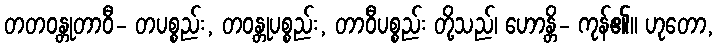
တတဝန္တုတာဝီ- တပစ္စည်း, တဝန္တုပစ္စည်း, တာဝီပစ္စည်း တို့သည်၊ ဟောန္တိ- ကုန်၏။ ဟုတော,